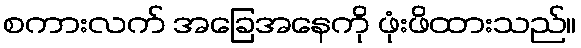
စကားလက် အခြေအနေကို ဖုံးဖိထားသည်။